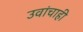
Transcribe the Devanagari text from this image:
उवांचाही